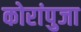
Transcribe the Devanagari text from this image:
कोरांपुजा